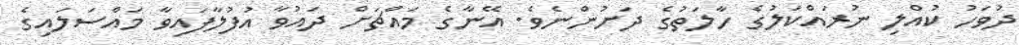
ދުވަހު ކުއްލި ނުރައްކަލުގެ ހާލަތުގެ ދަށުންނެވެ. އޭނާގެ މައްޗަށް ދައުވާ އުފުލާފައިވާ މައްސަލައިގެ